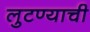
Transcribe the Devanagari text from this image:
लुटण्याची